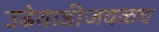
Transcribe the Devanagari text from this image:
उढेवाडीजवळच